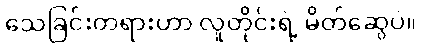
သေခြင်းတရားဟာ လူတိုင်းရဲ့ မိတ်ဆွေပဲ။